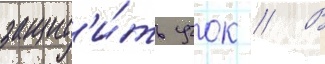
защит'и́ть учок // В